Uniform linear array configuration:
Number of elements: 48
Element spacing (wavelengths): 0.5
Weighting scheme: blackman
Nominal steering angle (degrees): -60
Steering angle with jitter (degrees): -59.855
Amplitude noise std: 0.05
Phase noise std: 0.05

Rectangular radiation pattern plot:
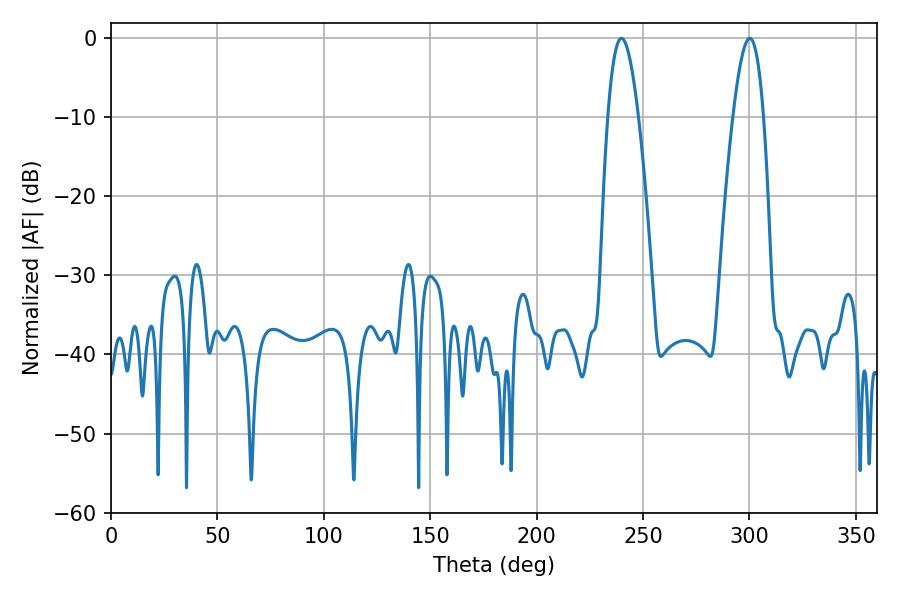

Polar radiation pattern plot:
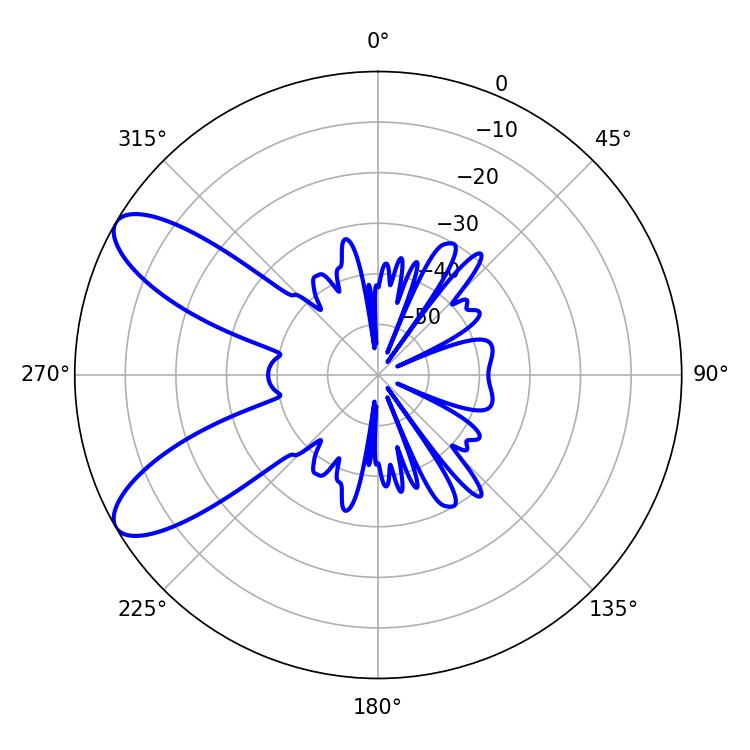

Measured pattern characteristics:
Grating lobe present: FALSE
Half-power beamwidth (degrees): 7.92
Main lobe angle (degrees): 239.94